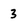
Character: 3